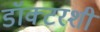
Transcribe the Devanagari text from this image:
डॉक्टरशी